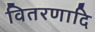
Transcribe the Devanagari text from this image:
वितरणादि